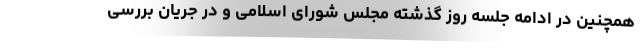
همچنین در ادامه جلسه روز گذشته مجلس شورای اسلامی و در جریان بررسی